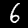
Digit: 6